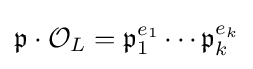
{\mathfrak {p}}\cdot {\mathcal {O}}_{L}={\mathfrak {p}}_{1}^{e_{1}}\cdots {\mathfrak {p}}_{k}^{e_{k}}